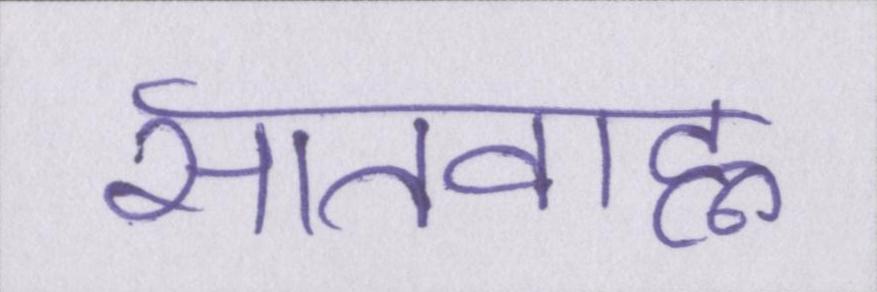
सातवाह्न